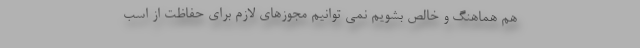
هم هماهنگ و خالص بشویم نمی توانیم مجوزهای لازم برای حفاظت از اسب